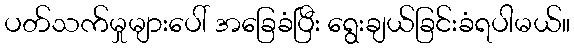
ပတ်သက်မှုများပေါ် အခြေခံပြီး ရွေးချယ်ခြင်းခံရပါမယ်။